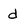
Character: d